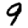
Digit: 9